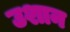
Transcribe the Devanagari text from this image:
उशान